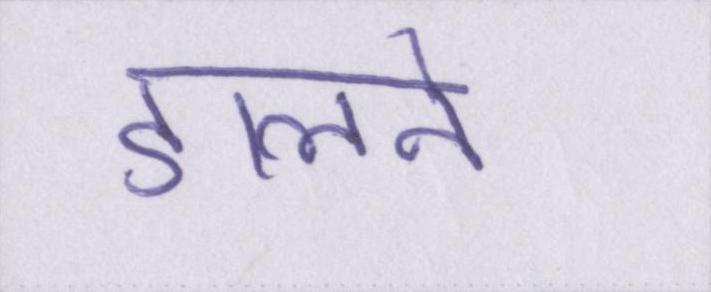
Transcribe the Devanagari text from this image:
डालने